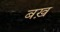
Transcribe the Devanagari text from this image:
बख़